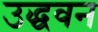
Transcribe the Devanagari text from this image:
उद्धवन